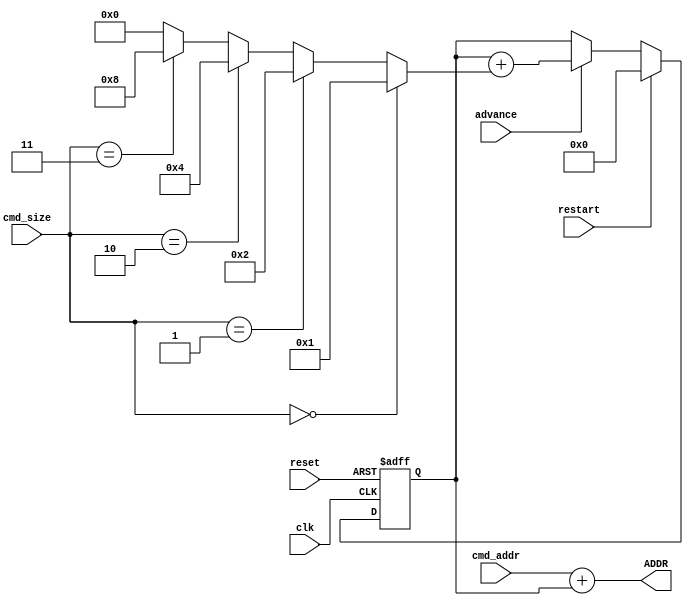
//------------------------------------------------------------------
//-- File generated by RobustVerilog parser
//-- RobustVerilog version 1.2 (limited free version)
//-- Invoked Sun Mar 24 15:39:38 2019
//-- Source file: axi_slave_addr_gen.v
//-- Parent file: axi_slave_ram.v
//-- Run directory: E:/vlsi/axi_slave/run/
//-- Target directory: out/
//-- Command flags: ../src/base/axi_slave.v -od out -I ../src/gen -list list.txt -listpath -header -gui 
//-- www.provartec.com/edatools ... info@provartec.com
//------------------------------------------------------------------






module axi_slave_addr_gen(clk,reset,cmd_addr,cmd_size,advance,restart,ADDR);
   
   input               clk;
   input               reset;

   input [32-1:0]      cmd_addr;
   input [2-1:0]       cmd_size;

   input               advance;
   input               restart;

   output [32-1:0]     ADDR;

   
   reg [32-1:0]           offset;
   wire [3:0]               size_bytes;              

   assign               size_bytes =
                  cmd_size == 2'b00 ? 4'd1 :
                  cmd_size == 2'b01 ? 4'd2 :
                  cmd_size == 2'b10 ? 4'd4 :
                  cmd_size == 2'b11 ? 4'd8 : 4'd0;
   
   always @(posedge clk or posedge reset)
     if (reset)
       offset <= #1 {32{1'b0}};
     else if (restart)
       offset <= #1 {32{1'b0}};
     else if (advance)
       offset <= #1 offset + size_bytes;

   assign               ADDR = cmd_addr + offset;


endmodule